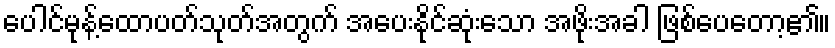
ပေါင်မုန့်ထောပတ်သုတ်အတွက် အပေးနိုင်ဆုံးသော အဖိုးအခါ ဖြစ်ပေတော့၏။